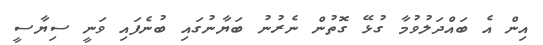
އިން އެ ބައްދަލުވުމާ ގުޅޭ ގޮތުން ނެރުނު ބަޔާނުގައި ބުނެފައި ވަނީ ސިޔާސީ